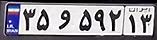
۳۵و۵۹۲۱۳